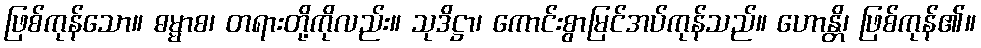
ဖြစ်ကုန်သော။ ဓမ္မာစ၊ တရားတို့ကိုလည်း။ သုဒိဋ္ဌာ၊ ကောင်းစွာမြင်အပ်ကုန်သည်။ ဟောန္တိ၊ ဖြစ်ကုန်၏။